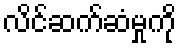
လိင်ဆက်ဆံမှုကို